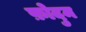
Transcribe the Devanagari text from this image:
फ़ोदुम